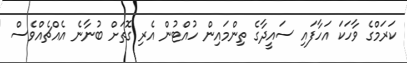
ކަރަމްގެ ވާހަކަ އަހާފައި ސައީދާގެ ތިންމައިން ހުއްޓުން އެރި ގޮތަށް ބުނާނެ އެއްޗެއްވެސް